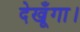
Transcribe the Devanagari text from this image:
देखूँगा।